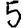
Digit: 5